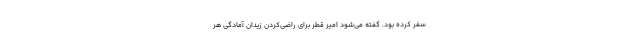
سفر کرده بود. گفته می‌شود امیر قطر برای راضی‌کردن زیدان آمادگی هر